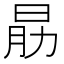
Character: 𣌰